Senior Leaving Certificate Examination (including Day School Certificate (Higher) General paper), 1947
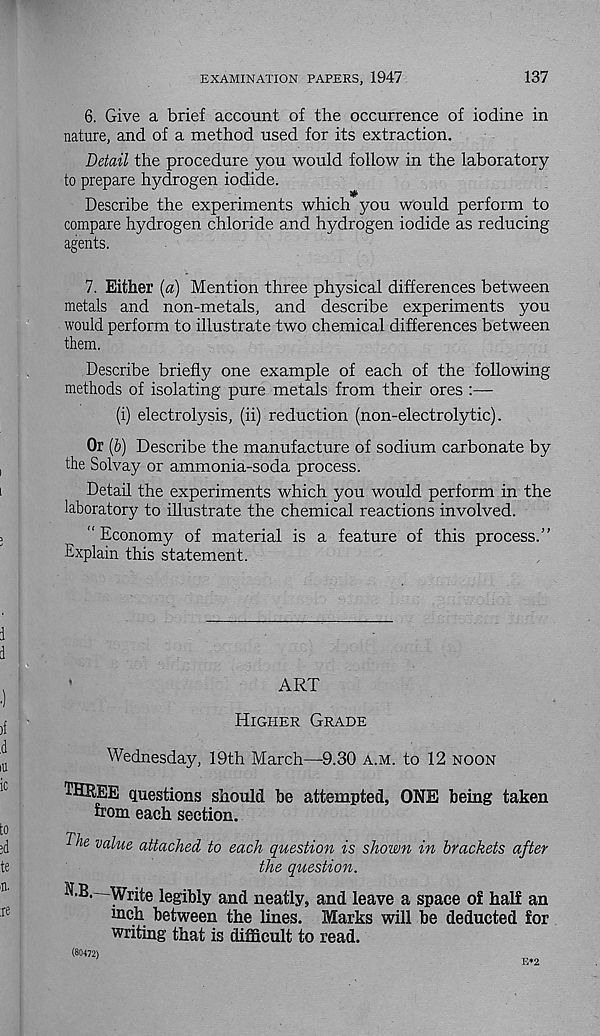
EXAMINATION PAPERS, 1947
137
6. Give a brief account of the occurrence of iodine in
nature, and of a method used for its extraction.
Detail the procedure you would follow in the laboratory
to prepare hydrogen iodide.
Describe the experiments which you would perform to
compare hydrogen chloride and hydrogen iodide as reducing
agents.
7. Either {a) Mention three physical differences between
metals and non-metals, and describe experiments you
would perform to illustrate two chemical differences between
them.
Describe briefly one example of each of the following
methods of isolating pure metals from their ores :—
(i) electrolysis, (ii) reduction (non-electrolytic).
Or (6) Describe the manufacture of sodium carbonate by
the Solvay or ammonia-soda process.
Detail the experiments which you would perform in the
laboratory to illustrate the chemical reactions involved.
“ Economy of material is a feature of this process.”
Explain this statement.
ART
Higher Grade
Wednesday, 19th March—9.30 a.m. to 12 noon
THREE questions should be attempted, ONE being taken
from each section.
E/ie value attached to each question is shown in brackets after
the question.
N.B.—Write legibly and neatly, and leave a space of half an
mch between the lines. Marks will be deducted for
writing that is difficult to read.
E*2
(80472)